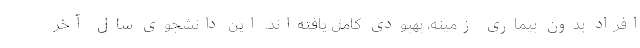
افراد بدون بیماری زمینه، بهبودی کامل یافته‌اند. این دانشجوی سال آخر